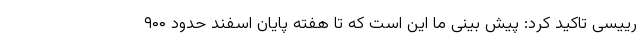
رییسی تاکید کرد: پیش بینی ما این است که تا هفته پایان اسفند حدود ۹۰۰